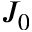
J _ { 0 }